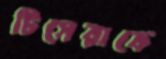
টিসেরাকে